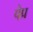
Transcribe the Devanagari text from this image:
पेप्र